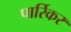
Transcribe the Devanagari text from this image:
पार्रिकर